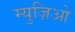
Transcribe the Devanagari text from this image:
म्युज़िओ